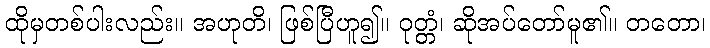
ထိုမှတစ်ပါးလည်း။ အဟုတိ၊ ဖြစ်ပြီဟူ၍။ ဝုတ္တံ၊ ဆိုအပ်တော်မူ၏။ တတော၊